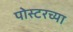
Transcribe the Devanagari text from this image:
पोस्टरच्या